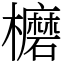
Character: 𣟖